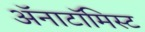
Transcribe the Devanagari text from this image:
अॅनाटॉमिस्ट